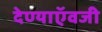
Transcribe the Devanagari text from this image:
देण्याऍवजी